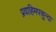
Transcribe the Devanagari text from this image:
प्रवाहिमपचुन्दा